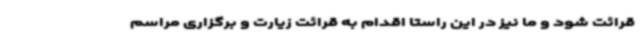
قرائت شود و ما نیز در این راستا اقدام به قرائت زیارت و برگزاری مراسم